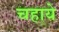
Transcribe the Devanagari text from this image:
चहाये